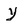
Character: y